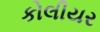
કોલીયર